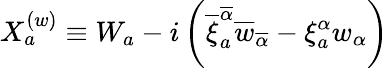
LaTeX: X_{a}^{(w)}\equiv W_{a}-i\left(\overline{{{\xi}}}_{a}^{\overline{{{\alpha}}}}\overline{{{w}}}_{\overline{{{\alpha}}}}-\xi_{a}^{\alpha}w_{\alpha}\right)